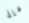
منذ